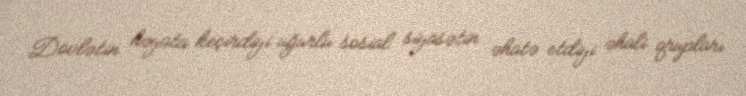
Dövlətin həyata keçirdiyi uğurlu sosial siyasətin əhatə etdiyi əhali qrupları